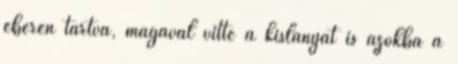
éberen tartva, magával vitte a kislányát is azokba a